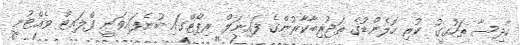
ހާދިސާ ތަހުގީގު ކުރި ހޮލެންޑުގެ ތަޖުރިބާކާރުންގެ ފައިނަލް ރިޕޯޓްގައި ބުނެފައިވަނީ ފްލައިޓް ވެއްޓުނީ